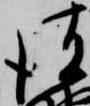
彼